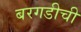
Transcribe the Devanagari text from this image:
बरगडीची